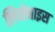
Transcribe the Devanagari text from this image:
लियोनाइस